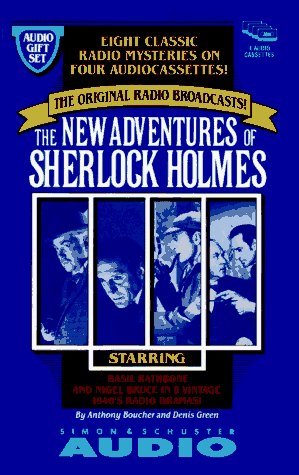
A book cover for The NEW ADVENTURES SHERLOCK GIFTSET #1 (Sherlock Holmes); Anthony Boucher; Humor & Entertainment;